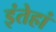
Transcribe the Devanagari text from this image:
इंतेहां